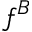
f ^ { B }